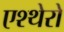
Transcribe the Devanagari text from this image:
एश्थेरो